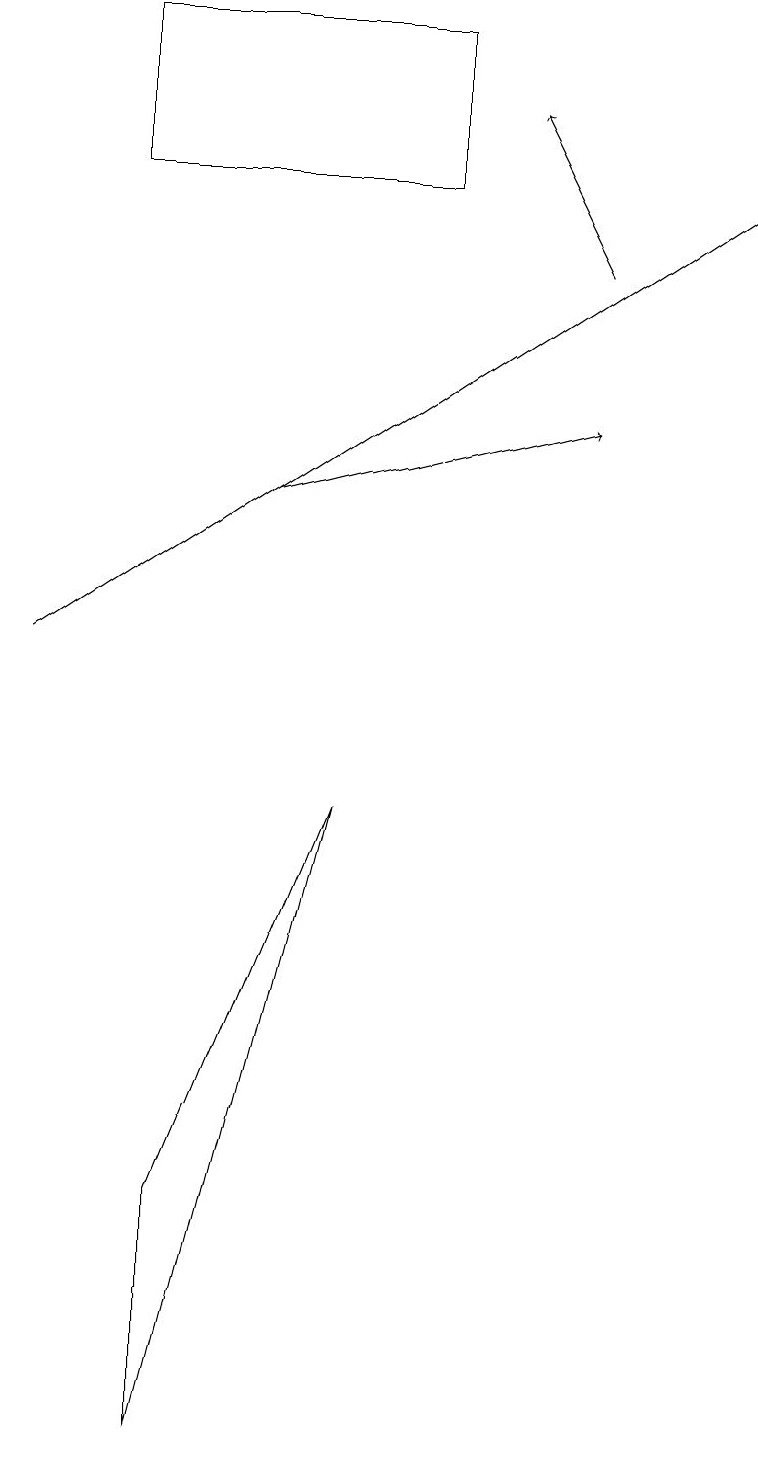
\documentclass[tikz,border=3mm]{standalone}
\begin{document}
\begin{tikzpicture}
\draw (1,19) rectangle (5,17);
\draw (2,4) -- (2,1) -- (4,9) -- cycle;
\draw[->] (7,16) -- (6,18);
\draw[->] (3,13) -- (7,14);
\draw[->] (0,11) -- (9,17);
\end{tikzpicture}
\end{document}